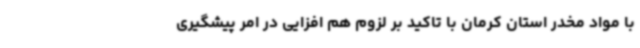
با مواد مخدر استان کرمان با تاکید بر لزوم هم افزایی در امر پیشگیری